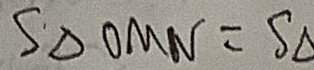
S _ { \Delta O M N } = S _ { \Delta }